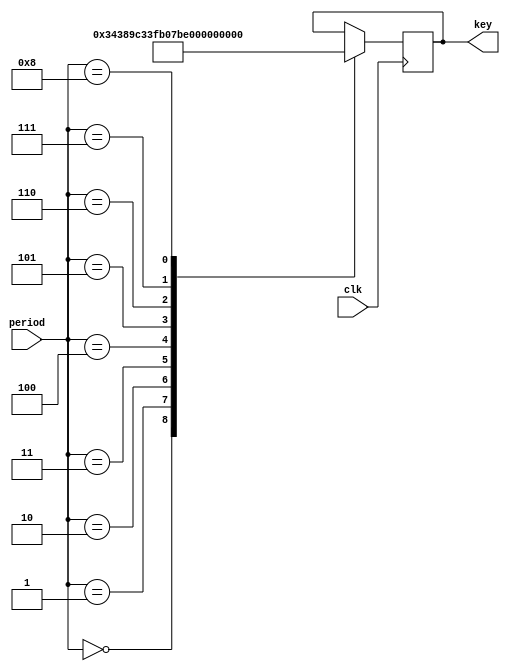
module odo_get_round_key5(clk, period, key);
    input clk;
    input [3:0] period;
    output [9:0] key;
    reg [9:0] key;
    always @(posedge clk) begin
    case (period)
        4'h0: key <= 10'h343;
        4'h1: key <= 10'h227;
        4'h2: key <= 10'h033;
        4'h3: key <= 10'h3ec;
        4'h4: key <= 10'h07b;
        4'h5: key <= 10'h357;
        4'h6: key <= 10'h18c;
        4'h7: key <= 10'h1d6;
        4'h8: key <= 10'h046;
    endcase
    end
endmodule